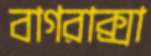
বাগরাক্সা